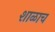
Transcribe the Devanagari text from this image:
शाळाच